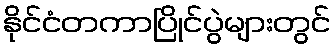
နိုင်ငံတကာပြိုင်ပွဲများတွင်